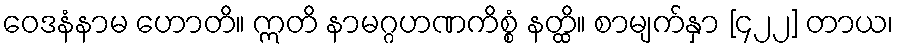
ဝေဒနံနာမ ဟောတိ။ ဣတိ နာမဂ္ဂဟဏကိစ္စံ နတ္ထိ။ စာမျက်နှာ [၄၂၂] တာယ၊